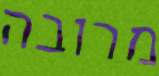
מרובה